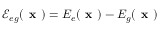
\mathcal { E } _ { e g } ( \textbf { x } ) = E _ { e } ( \textbf { x } ) - E _ { g } ( \textbf { x } )